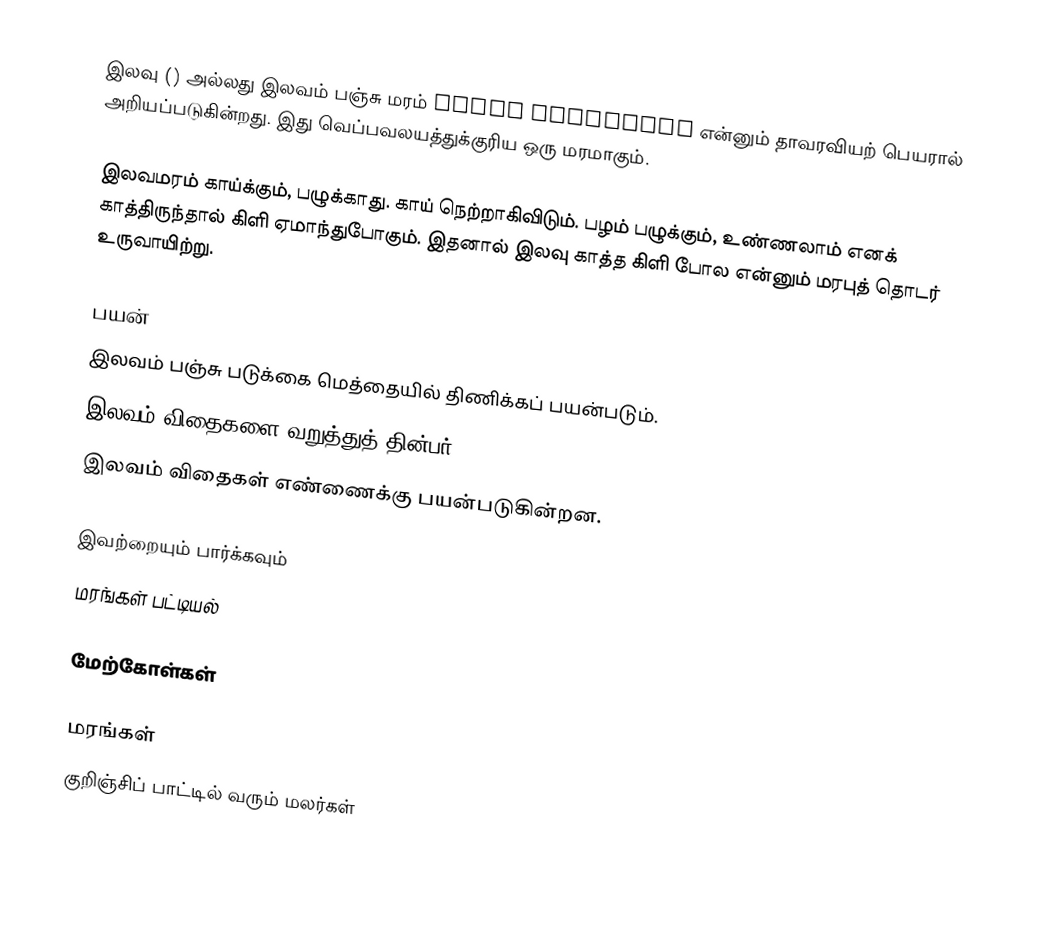
இலவு () அல்லது இலவம் பஞ்சு மரம் Ceiba pentandra என்னும் தாவரவியற் பெயரால் அறியப்படுகின்றது. இது வெப்பவலயத்துக்குரிய ஒரு மரமாகும்.

இலவமரம் காய்க்கும், பழுக்காது. காய் நெற்றாகிவிடும். பழம் பழுக்கும், உண்ணலாம் எனக் காத்திருந்தால் கிளி ஏமாந்துபோகும். இதனால் இலவு காத்த கிளி போல என்னும் மரபுத் தொடர் உருவாயிற்று.

பயன்
 இலவம் பஞ்சு படுக்கை மெத்தையில் திணிக்கப் பயன்படும்.
 இலவம் விதைகளை வறுத்துத் தின்பர்
 இலவம் விதைகள் எண்ணைக்கு பயன்படுகின்றன.

இவற்றையும் பார்க்கவும்
 மரங்கள் பட்டியல்

மேற்கோள்கள்

மரங்கள்
குறிஞ்சிப் பாட்டில் வரும் மலர்கள்